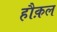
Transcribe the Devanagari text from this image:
हौक़ल